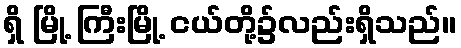
ရှိ မြို့ ကြီးမြို့ ငယ်တို့၌လည်းရှိသည်။